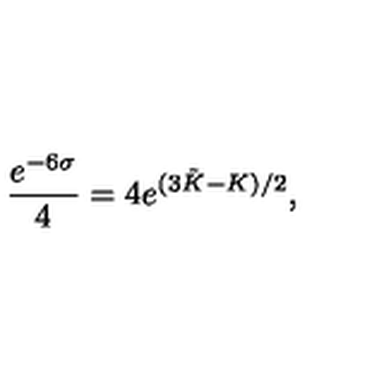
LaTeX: \frac { e ^ { - 6 \sigma } } { 4 } = 4 e ^ { ( 3 \tilde { K } - K ) / 2 } ,